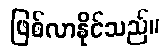
ဖြစ်လာနိုင်သည်။